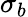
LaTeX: \sigma_{b}